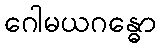
ဂေါမယဂန္ဓော